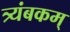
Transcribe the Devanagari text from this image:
त्र्यंबकम्